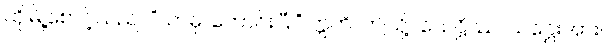
ထိုမြို့စောင့်သည်။ “သာဓု၊ ကောင်းပြီ။” ဣတိ၊ ဤသို့။ သေဋ္ဌိဿ၊ သဋ္ဌေးအား။